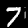
Label: 7